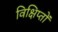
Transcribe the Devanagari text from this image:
विक्षिप्तों